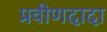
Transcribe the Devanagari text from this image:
प्रवीणदादा